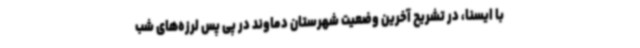
با ایسنا، در تشریح آخرین وضعیت شهرستان دماوند در پی پس لرزه‌های شب